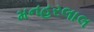
મનહરલાલ